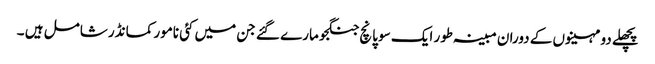
پچھلے دو مہینوں کے دوران مبینہ طور ایک سو پانچ جنگجو مارے گئے جن میں کئی نامور کمانڈر شامل ہیں ۔